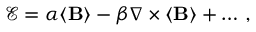
\begin{array} { r } { \mathbf { \mathcal { E } } = \alpha \langle \mathbf { B } \rangle - \beta \nabla \times \langle \mathbf { B } \rangle + \ldots \, , } \end{array}